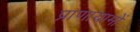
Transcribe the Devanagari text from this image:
प्राणायामों